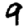
Digit: 9